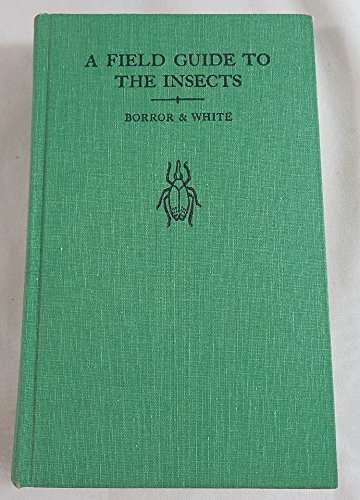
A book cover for A field guide to the insects of America north of Mexico, (The Peterson field guide series, 19); Donald Joyce Borror; Sports & Outdoors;